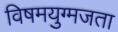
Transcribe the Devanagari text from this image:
विषमयुग्मजता